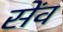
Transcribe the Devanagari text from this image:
सेंव